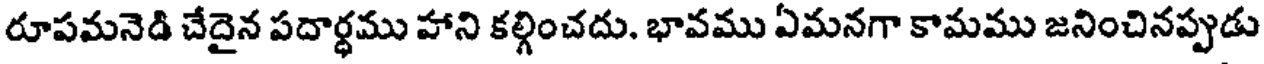
రూపమనెడి చేదైన పదార్థము హాని కల్గించదు. భావము ఏమనగా కామము జనించినప్పుడు